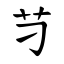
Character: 䒒